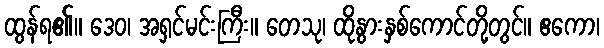
ထွန်ရ၏။ ဒေဝ၊ အရှင်မင်းကြီး။ တေသု၊ ထိုနွားနှစ်ကောင်တို့တွင်။ ဧကော၊